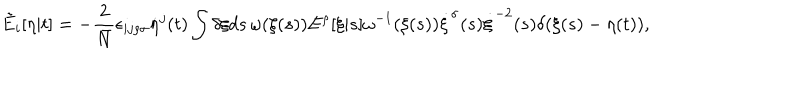
\tilde { E } _ { i } [ \eta | t ] = - \frac { 2 } { \bar { N } } \epsilon _ { i j \rho \sigma } \dot { \eta } ^ { j } ( t ) \int \delta \xi d s \, \omega ( \xi ( s ) ) E ^ { \rho } [ \xi | s ] \omega ^ { - 1 } ( \xi ( s ) ) \dot { \xi } ^ { \sigma } ( s ) \dot { \xi } ^ { - 2 } ( s ) \delta ( \xi ( s ) - \eta ( t ) ) ,